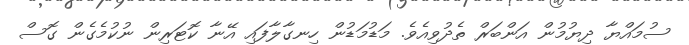
ސުމައްޔާ ދިޔުމުން އަންބަރް ތެދުވިއެވެ. މަޑުމަޑުން ހިނގާލާފައި އޭނާ ކޮޓަރިން ނުކުމެގެން ގޮސް